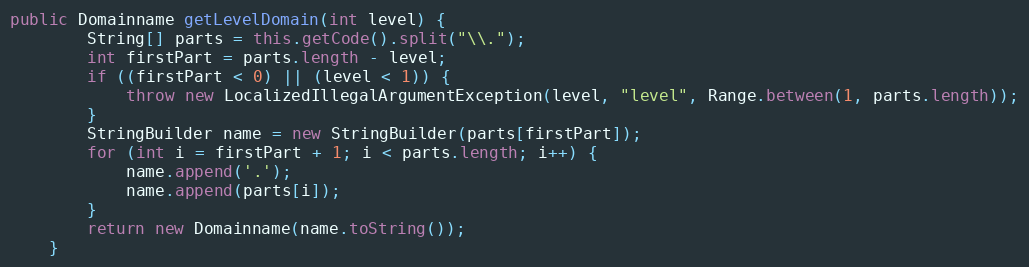
Language: Java
public Domainname getLevelDomain(int level) {
        String[] parts = this.getCode().split("\\.");
        int firstPart = parts.length - level;
        if ((firstPart < 0) || (level < 1)) {
            throw new LocalizedIllegalArgumentException(level, "level", Range.between(1, parts.length));
        }
        StringBuilder name = new StringBuilder(parts[firstPart]);
        for (int i = firstPart + 1; i < parts.length; i++) {
            name.append('.');
            name.append(parts[i]);
        }
        return new Domainname(name.toString());
    }